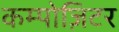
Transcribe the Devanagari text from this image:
कम्पोज़िटर